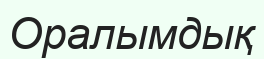
Оралымдық